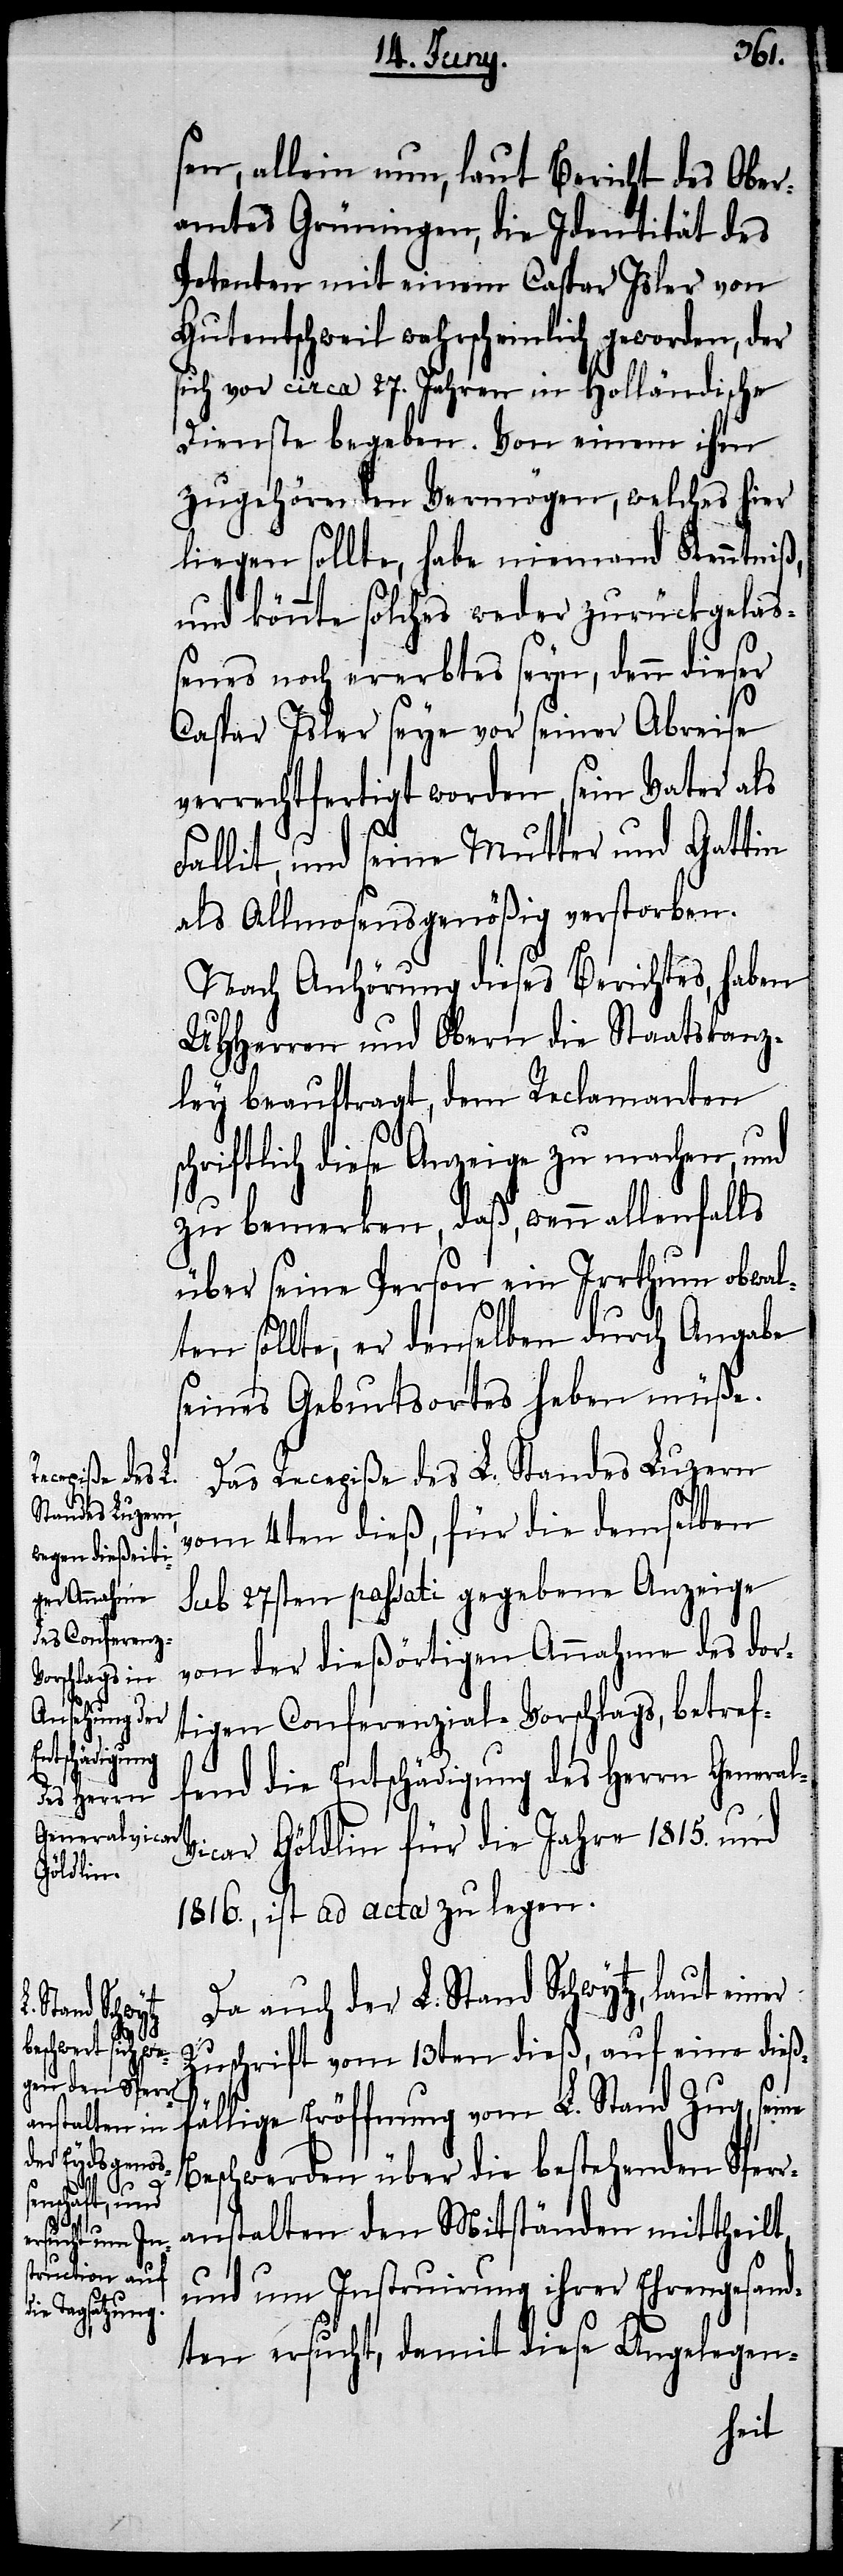
l-V¬
r¬

sen, allein nun, laut Bericht des Ober¬
amtes Grüningen, die Identität des
Petenten mit einem Caspar Isler von
Gutentschweil wahrscheinlich geworden, der
sich vor circa 27. Jahren in Holländische
Dienste begeben. Von einem ihm
zugehörenden Vermögen, welches hier
liegen sollte, habe niemand Kenntniß,
und könnte solches weder zurückgela¬
ßenes noch ererbtes seyn, denn dieser
Caspar Isler seye vor seiner Abreise
verrechtfertigt worden, sein Vater als
Fallit, und seine Mutter und Gattin
als Allmosensgenößig verstorben.
Nach Anhörung dieses Berichtes, haben
UHHerren und Obern die Staatskanz¬
ley beauftrag, dem Reclamanten
chriftlich diese Anzeige zu machen, und
zu bemerken, daß, wenn allenfalls
über seine Person ein Irrthum obwal¬
ten sollte, er denselben durch Angabe
seines Geburtsortes heben müße.
Das Recepiße des L. Standes Luzern
vom 4ten dieß, für die demselben
sub 27sten passati gegebene Anzeige
von der dießörtigen Annahme des dor¬
tigen Conferenzial-Vorschlags, betref¬
fend die Entschädigung des Herrn Genera¬
icar Göldlin für die Jahre 1815. und
1816., ist ad acta zu legen.
Da auch der L. Stand Schwytz, laut einer
Zuschrift vom 13ten dieß, auf eine dieß¬
ällige Eröffnung vom L. Stand Zug, seine
Beschwerden über die bestehenden Sper¬
anstalten den Mitständen mittheilt,
und um Instruirung ihrer Ehrengesand¬
ten ersucht, damit diese Angelegen-